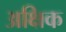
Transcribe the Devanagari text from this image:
अक्षिक